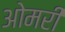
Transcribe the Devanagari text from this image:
ओमरी